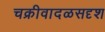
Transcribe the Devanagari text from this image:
चक्रीवादळसदृश